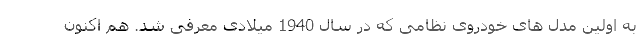
به اولین مدل های خودروی نظامی که در سال 1940 میلادی معرفی شد. هم اکنون